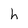
Character: h